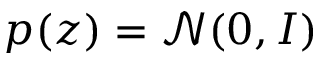
p ( z ) = \mathcal { N } ( 0 , I )